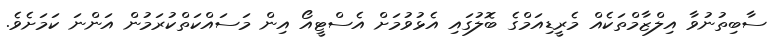
ސާބިތުނުވާ އިލްޒާމްތަކެއް މެރީޑިއަމްގެ ބޮލުގައި އެޅުވުމަށް އެސްޓީއޯ އިން މަސައްކަތްކުރަމުން އަންނަ ކަމަށެވެ.